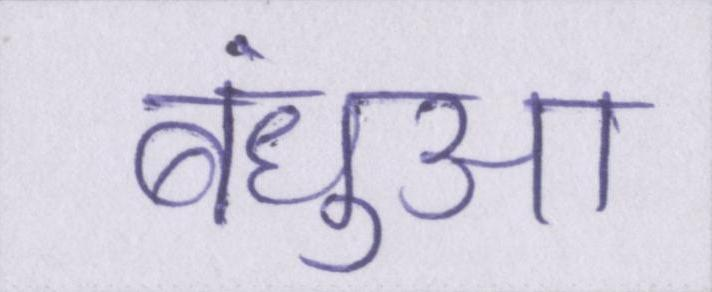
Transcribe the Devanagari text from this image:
बंधुआ